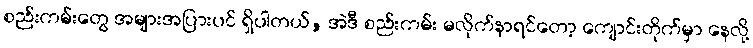
စည်းကမ်းတွေ အများအပြားပင် ရှိပါတယ်, အဲဒီ စည်းကမ်း မလိုက်နာရင်တော့ ကျောင်းတိုက်မှာ နေလို့